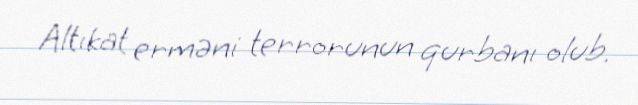
Altıkat erməni terrorunun qurbanı olub.